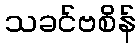
သခင်ဗစိန်